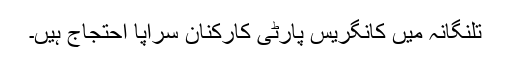
تلنگانہ میں کانگریس پارٹی کارکنان سراپا احتجاج ہیں۔